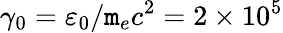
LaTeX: \gamma_{0}=\varepsilon_{0}/\mathtt{m}_{e}c^{2}=2\times10^{5}